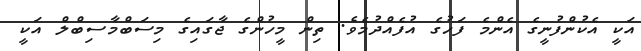
އަކީ އެކުންފުނީގެ އެންމެ ފަހުގެ އުފެއްދުމެވެ. ތިން މީހުންގެ ޖާގައިގެ މިސަބްމާސިބްލް އަކީ